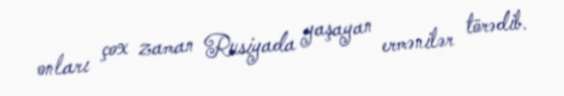
onları çox zaman Rusiyada yaşayan ermənilər törədib.